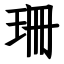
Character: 珊